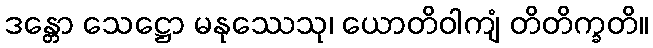
ဒန္တော သေဋ္ဌော မနုဿေသု၊ ယောတိဝါကျံ တိတိက္ခတိ။